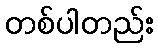
တစ်ပါတည်း